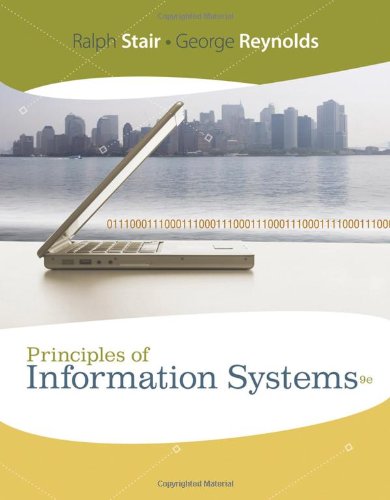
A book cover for Principles of Information Systems (Available Titles Skills Assessment Manager (SAM) - Office 2010); Ralph Stair; Computers & Technology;